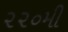
૨૨૦મી